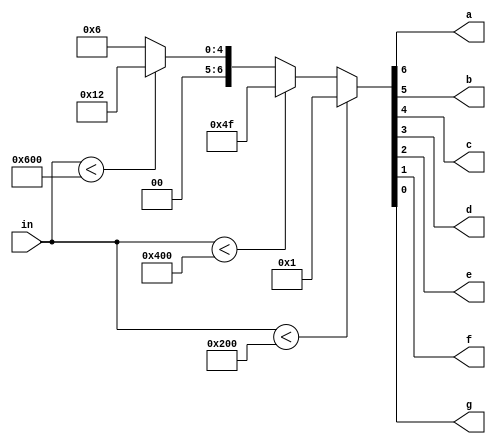
module ProgramNumber (
    in,
    a,
    b,
    c,
    d,
    e,
    f,
    g
);

input wire [31:0] in;

output wire a, b, c, d, e, f, g;

reg [6:0] segmentos;

always @(in) begin
    if (in < 512) begin
        segmentos = 7'b0000001; // 0
    end else if (in < 1024) begin
        segmentos = 7'b1001111; // 1
    end else if (in < 1536) begin
        segmentos = 7'b0010010; // 2
    end else begin
        segmentos = 7'b0000110; // 3
    end
end

assign {a, b, c, d, e, f, g} = segmentos;

endmodule